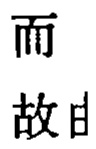
而

故曰